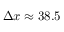
\Delta x \approx 3 8 . 5